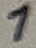
Text: 1